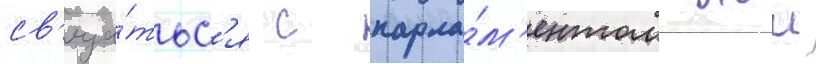
св'яза́тьс'я с парла́м'ентом этои